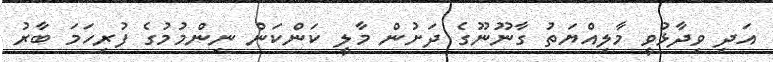
އަދި ވިދާޅުވީ މާލިއްޔަތު ގާނޫނޫގެ ދަށުން މާލީ ކަންކަން ނިންމުމުގެ ފުރިހަމަ ބާރު